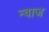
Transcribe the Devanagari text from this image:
न्वाज